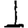
Digit: 1